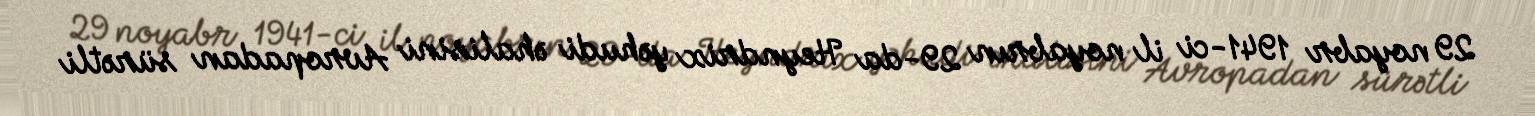
29 noyabr 1941-ci il noyabrın 29-da Heyndrix yəhudi əhalisini Avropadan sürətli